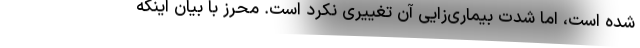
شده است، اما شدت بیماری‌زایی آن تغییری نکرد است. محرز با بیان اینکه